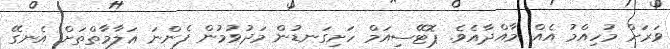
ވަރަށް މުހިއްމު އެއް މާއްދާއެވެ. ޕޮޓޭސިއަމް ހަށިގަނޑުން މަދުވުމުން ފެންނަ ޢަލާމާތްތަށް އެނގޭ